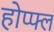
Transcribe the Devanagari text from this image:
होप्फ्ल